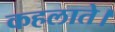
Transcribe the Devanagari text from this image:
कहलाते।